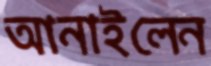
আনাইলেন